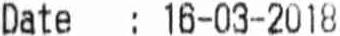
DATE: 16-03-2018